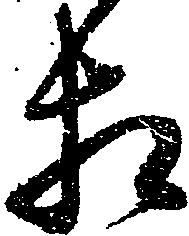
相